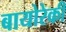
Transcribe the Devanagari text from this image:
बायोरेकी